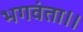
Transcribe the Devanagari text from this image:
भगवंता।।